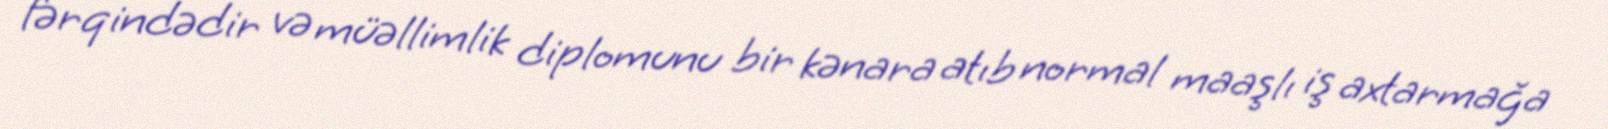
fərqindədir və müəllimlik diplomunu bir kənara atıb normal maaşlı iş axtarmağa